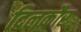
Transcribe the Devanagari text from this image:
दिलकौर